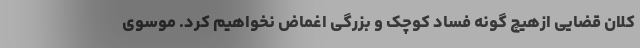
کلان قضایی ازهیچ گونه فساد کوچک و بزرگی اغماض نخواهیم کرد. موسوی